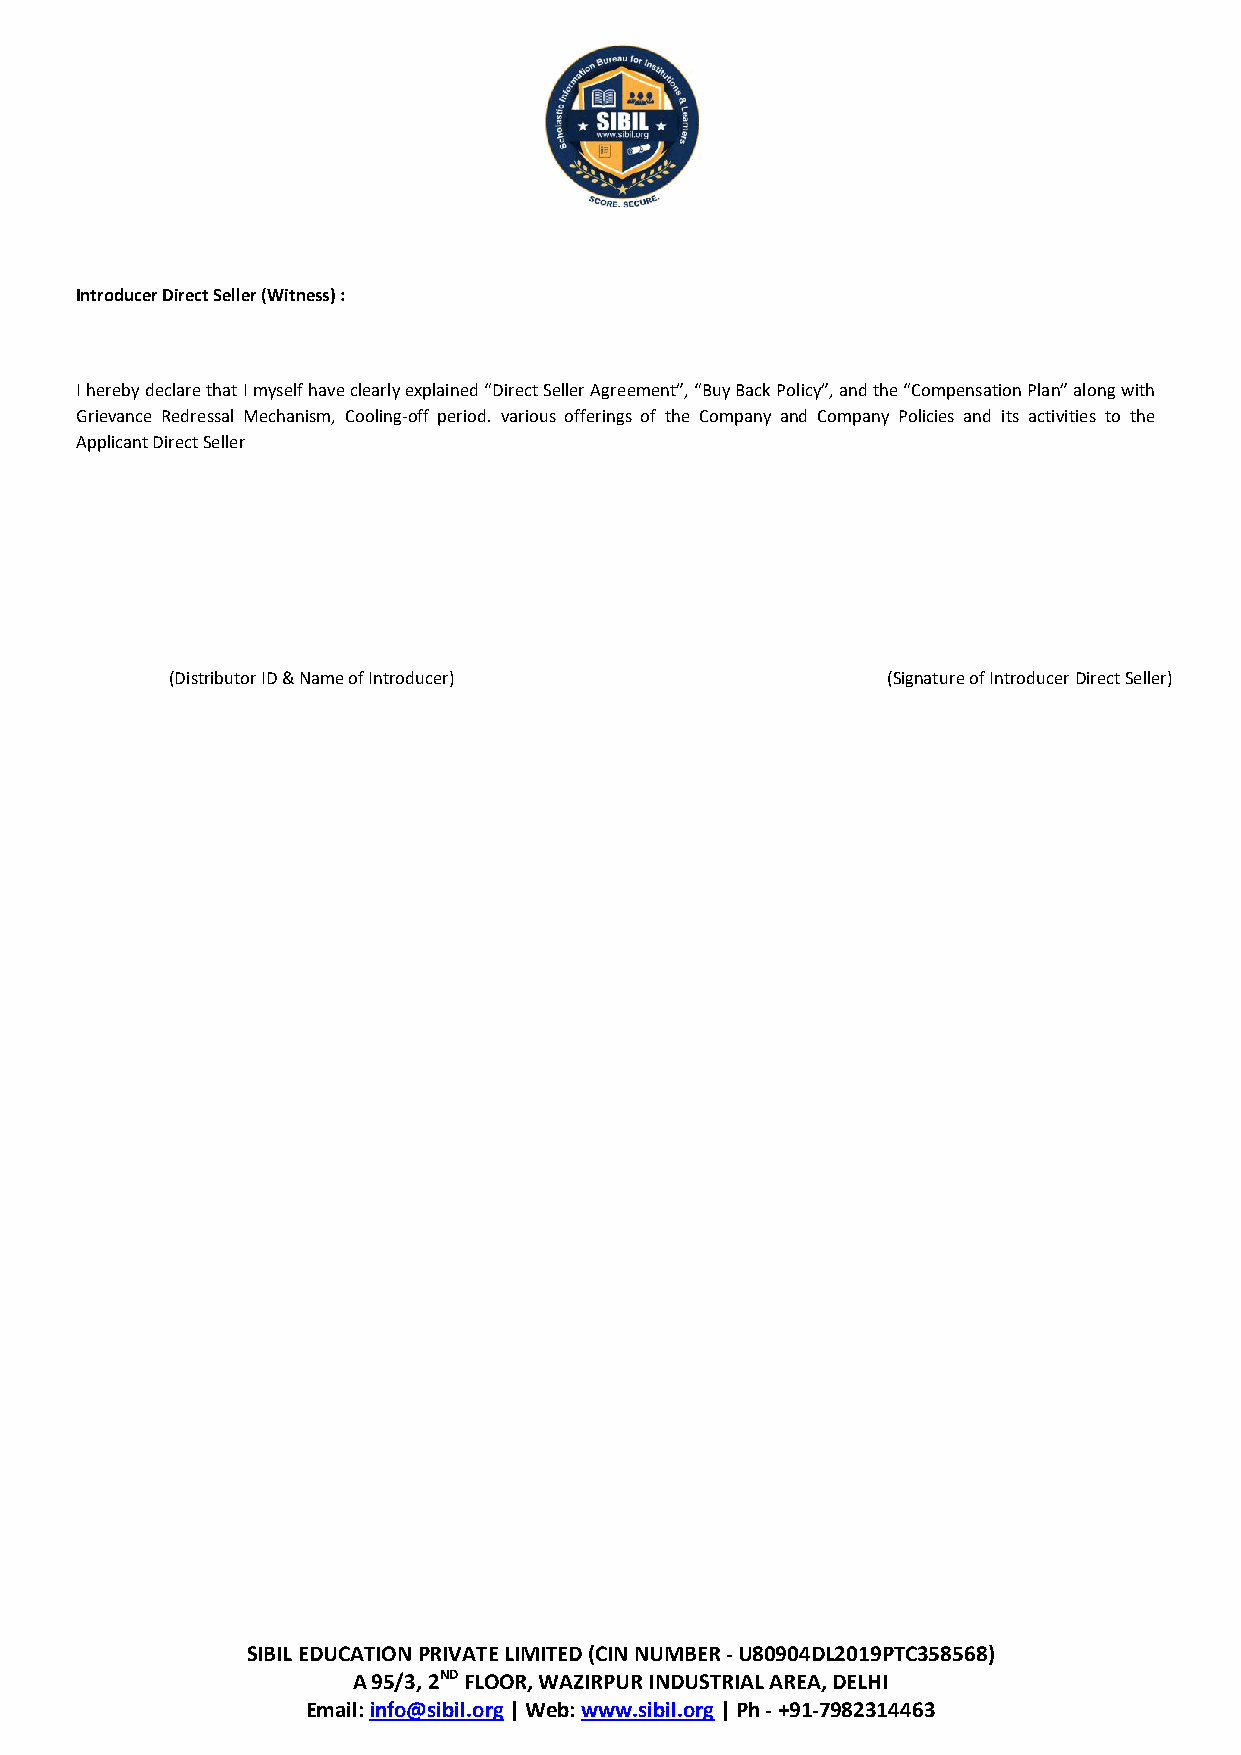
Introducer Direct Seller (Witness) :
 I hereby declare that I myself have clearly explained “Direct Seller Agreement”, “Buy Back Policy”, and the “Compensation Plan” along with
 Grievance Redressal Mechanism, Cooling-off period. various offerings of the Company and Company Policies and its activities to the
 Applicant Direct Seller
 (Distributor ID & Name of Introducer)           (Signature of Introducer Direct Seller)
 SIBIL EDUCATION PRIVATE LIMITED (CIN NUMBER - U80904DL2019PTC358568)
 A 95/3, 2ND FLOOR, WAZIRPUR INDUSTRIAL AREA, DELHI
 Email: info@sibil.org | Web: www.sibil.org | Ph - +91-7982314463